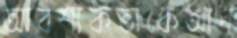
আবশ্যকতাকেআদ